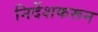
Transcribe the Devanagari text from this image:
निर्देशकरून